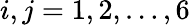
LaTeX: i,j=1,2,\dots,6